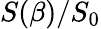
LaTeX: S(\beta)/S_{0}